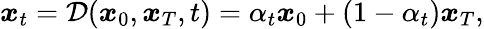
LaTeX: \begin{array}{r}{\boldsymbol{x}_{t}=\mathcal{D}(\boldsymbol{x}_{0},\boldsymbol{x}_{T},t)={\alpha_{t}}\boldsymbol{x}_{0}+{(1-\alpha_{t})}\boldsymbol{x}_{T},}\end{array}